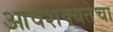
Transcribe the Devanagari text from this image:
आवशक्यतेचा